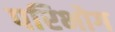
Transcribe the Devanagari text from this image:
परिभोग